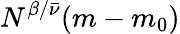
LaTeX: N^{\beta/{\bar{\nu}}}(m-m_{0})